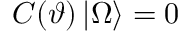
C ( \vartheta ) \left| \Omega \right\rangle = 0